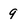
Character: 9